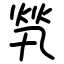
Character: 㷀